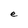
Character: e